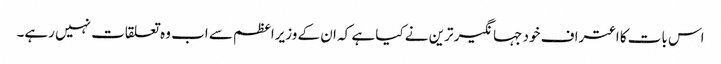
اس بات کا اعتراف خود جہانگیر ترین نے کیا ہے کہ ان کے وزیراعظم سے اب وہ تعلقات نہیں رہے۔